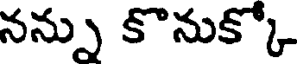
నన్ను కొనుక్కో